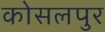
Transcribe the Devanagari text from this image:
कोसलपुर